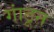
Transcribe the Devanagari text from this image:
गांठून